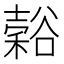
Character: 𬤵